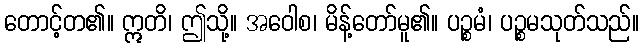
တောင့်တ၏။ ဣတိ၊ ဤသို့။ အဝေါစ၊ မိန့်တော်မူ၏။ ပဉ္စမံ၊ ပဉ္စမသုတ်သည်။